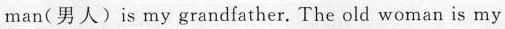
man（男人）is my grandfather. The old woman is my